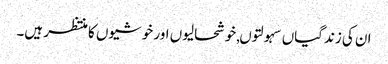
ان کی زندگیاں سہولتوں,خوشحالیوں اور خوشیوں کا منتظر ہیں۔